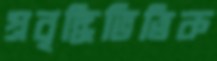
প্রবৃদ্ধিভিত্তিক